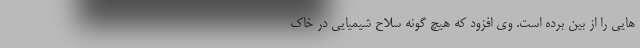
هایی را از بین برده است. وی افزود که هیچ گونه سلاح شیمیایی در خاک